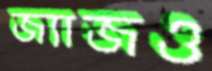
জ্যাজও